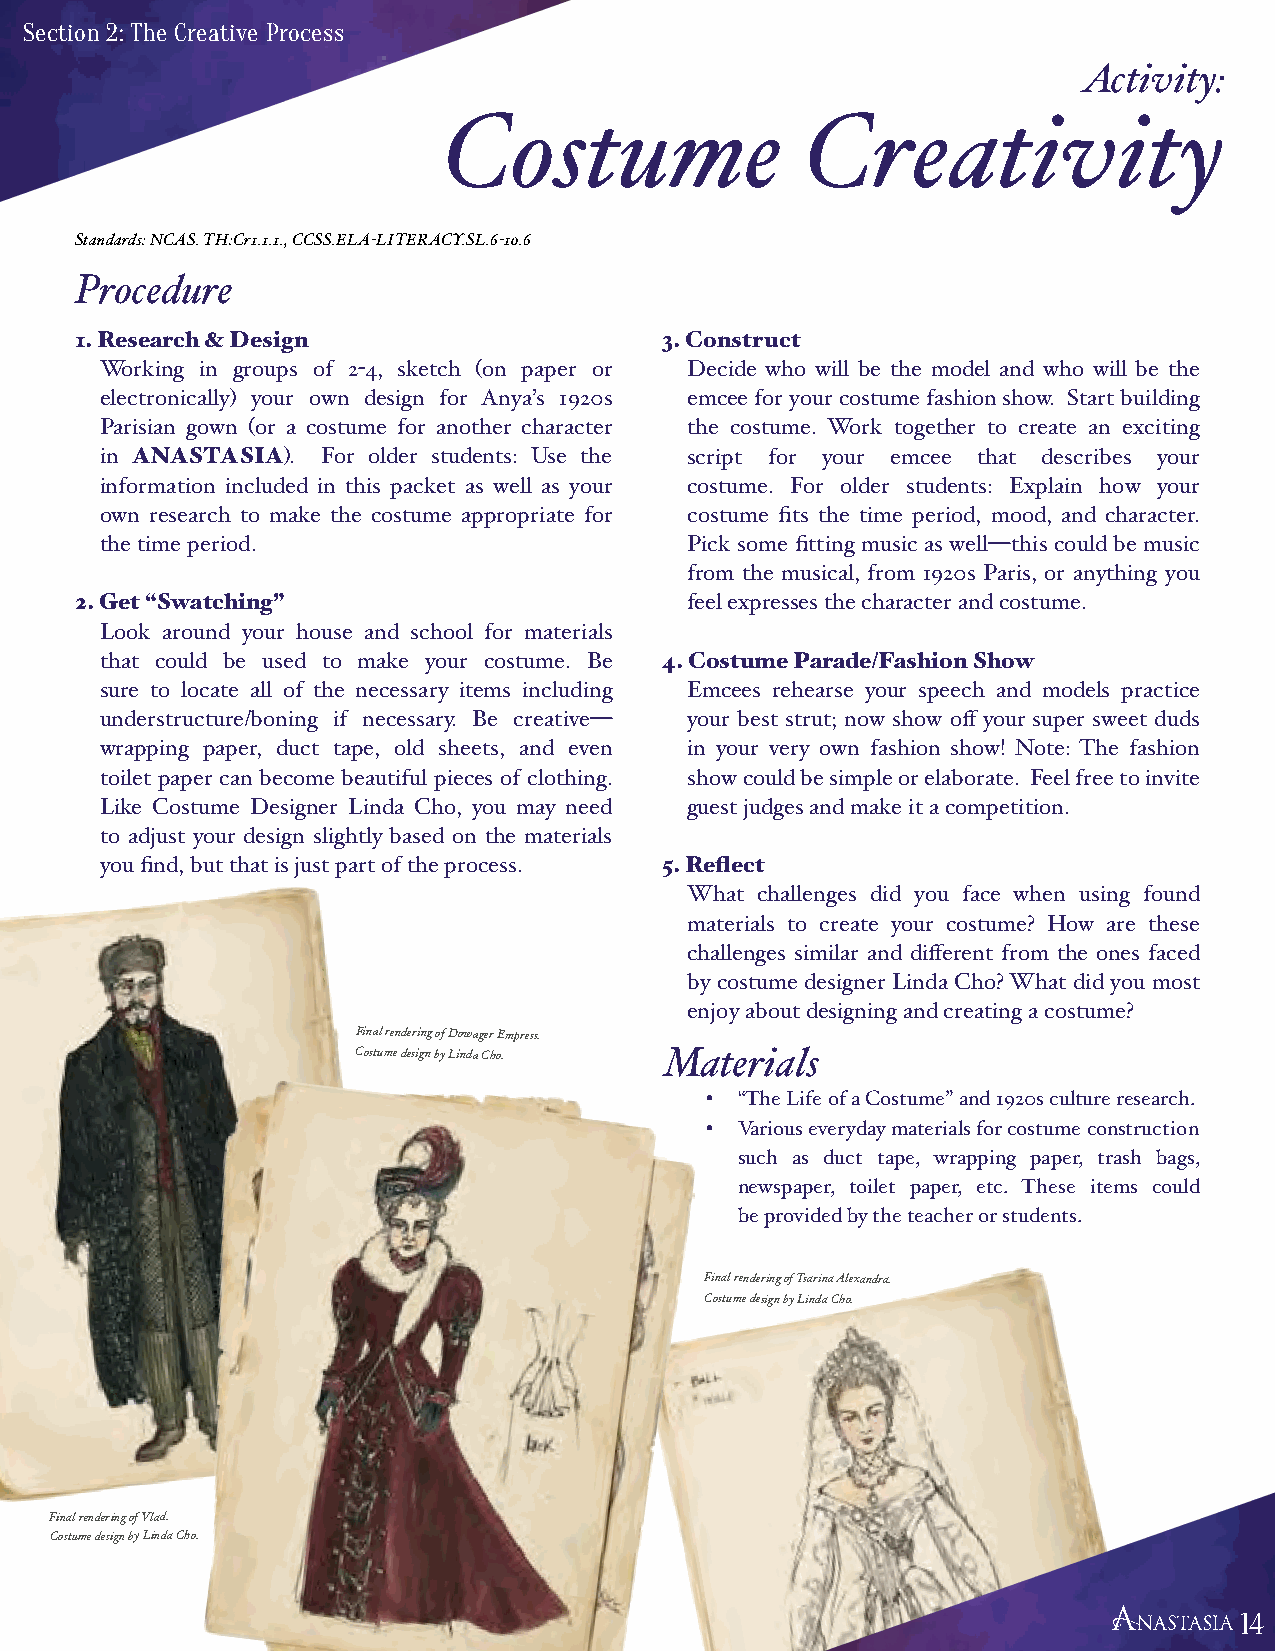
Section 2: The Creative Process
 Activity:
 Costume                 Creativity
 Standards: NCAS. TH:Cr1.1.1., CCSS.ELA-LITERACY.SL.6-10.6
 Procedure
 1. Research & Design                   3. Construct
 Working in groups of 2-4, sketch (on paper or Decide who will be the model and who will be the
 electronically) your own design for Anya’s 1920s emcee for your costume fashion show. Start building
 Parisian gown (or a costume for another character the costume. Work together to create an exciting
 in ANASTASIA). For older students: Use the script for your emcee that describes your
 information included in this packet as well as your costume. For older students: Explain how your
 own research to make the costume appropriate for costume fits the time period, mood, and character.
 the time period.                       Pick some fitting music as well—this could be music
 from the musical, from 1920s Paris, or anything you
 2. Get “Swatching”                       feel expresses the character and costume.
 Look around your house and school for materials
 that could be used to make your costume. Be 4. Costume Parade/Fashion Show
 sure to locate all of the necessary items including Emcees rehearse your speech and models practice
 understructure/boning if necessary. Be creative— your best strut; now show off your super sweet duds
 wrapping paper, duct tape, old sheets, and even in your very own fashion show! Note: The fashion
 toilet paper can become beautiful pieces of clothing. show could be simple or elaborate. Feel free to invite
 Like Costume Designer Linda Cho, you may need guest judges and make it a competition.
 to adjust your design slightly based on the materials
 you find, but that is just part of the process. 5. Reflect
 What challenges did you face when using found
 materials to create your costume? How are these
 challenges similar and different from the ones faced
 by costume designer Linda Cho? What did you most
 enjoy about designing and creating a costume?
 Final rendering of Dowager Empress.
 Costume design by Linda Cho. Materials
 • “The Life of a Costume” and 1920s culture research.
 • Various everyday materials for costume construction
 such as duct tape, wrapping paper, trash bags,
 newspaper, toilet paper, etc. These items could
 be provided by the teacher or students.
 Final rendering of Tsarina Alexandra.
 Costume design by Linda Cho.
 Final rendering of Vlad.
 Costume design by Linda Cho.
 14